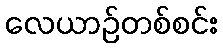
လေယာဉ်တစ်စင်း